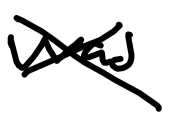
Text: was
Cross-out: cross
Writing tool: digital_black